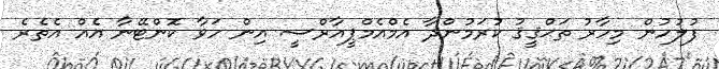
ފުލުހުން މިހާރު ތަޙްޤީޤު ކުރަމުންދާ އެމްއެމްޕީއާރްސީ އިން ހަވާ ކޮންޓޭނާ އެއް އެތެރެ